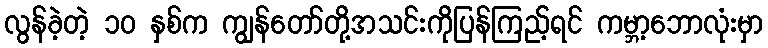
လွန်ခဲ့တဲ့ ၁၀ နှစ်က ကျွန်တော်တို့အသင်းကိုပြန်ကြည့်ရင် ကမ္ဘာ့ဘောလုံးမှာ